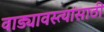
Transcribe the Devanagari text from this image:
वाड्यावस्त्यांसाठी